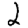
Digit: 2